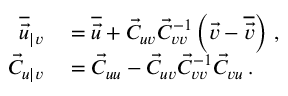
\begin{array} { r l } { \overline { { \vec { u } } } _ { \vert v } } & { { } = \overline { { \vec { u } } } + \vec { C } _ { u v } \vec { C } _ { v v } ^ { - 1 } \left( \vec { v } - \overline { { \vec { v } } } \right) \, , } \\ { \vec { C } _ { u \vert v } } & { { } = \vec { C } _ { u u } - \vec { C } _ { u v } \vec { C } _ { v v } ^ { - 1 } \vec { C } _ { v u } \, . } \end{array}